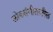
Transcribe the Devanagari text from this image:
लोकसंगीतातील